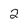
Character: 2